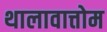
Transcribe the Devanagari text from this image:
थालावात्तोम